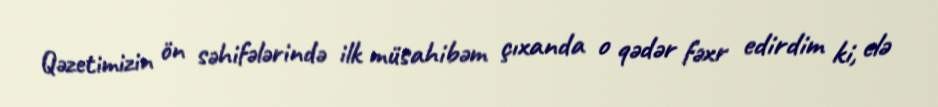
Qəzetimizin ön səhifələrində ilk müsahibəm çıxanda o qədər fəxr edirdim ki, elə